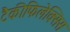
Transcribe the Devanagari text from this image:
टैकीफिलेक्सिस